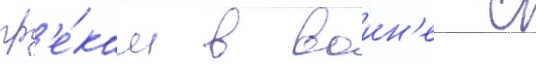
гр'е́кам в воин'е с